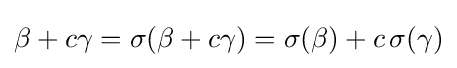
\beta +c\gamma =\sigma (\beta +c\gamma )=\sigma (\beta )+c\,\sigma (\gamma )